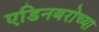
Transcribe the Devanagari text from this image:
एडिनबरोच्या